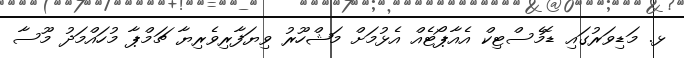
ޅ. މަޑިވަރުގައި ޑޮމެސްޓިކް އެއާޕޯޓެއް އެޅުމަށް މަޝްހޫރު ވިޔަފާރިވެރިޔާ ޗަމްޕާ މުހައްމަދު މޫސާ